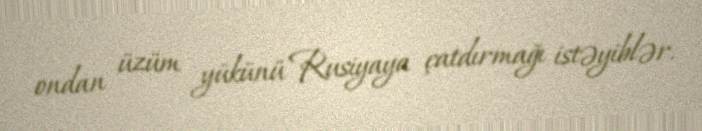
ondan üzüm yükünü Rusiyaya çatdırmağı istəyiblər.